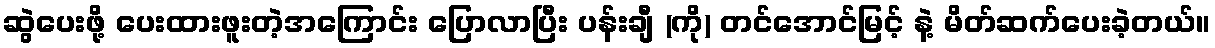
ဆွဲပေးဖို့ ပေးထားဖူးတဲ့အကြောင်း ပြောလာပြီး ပန်းချီ (ကို) တင်အောင်မြင့် နဲ့ မိတ်ဆက်ပေးခဲ့တယ်။